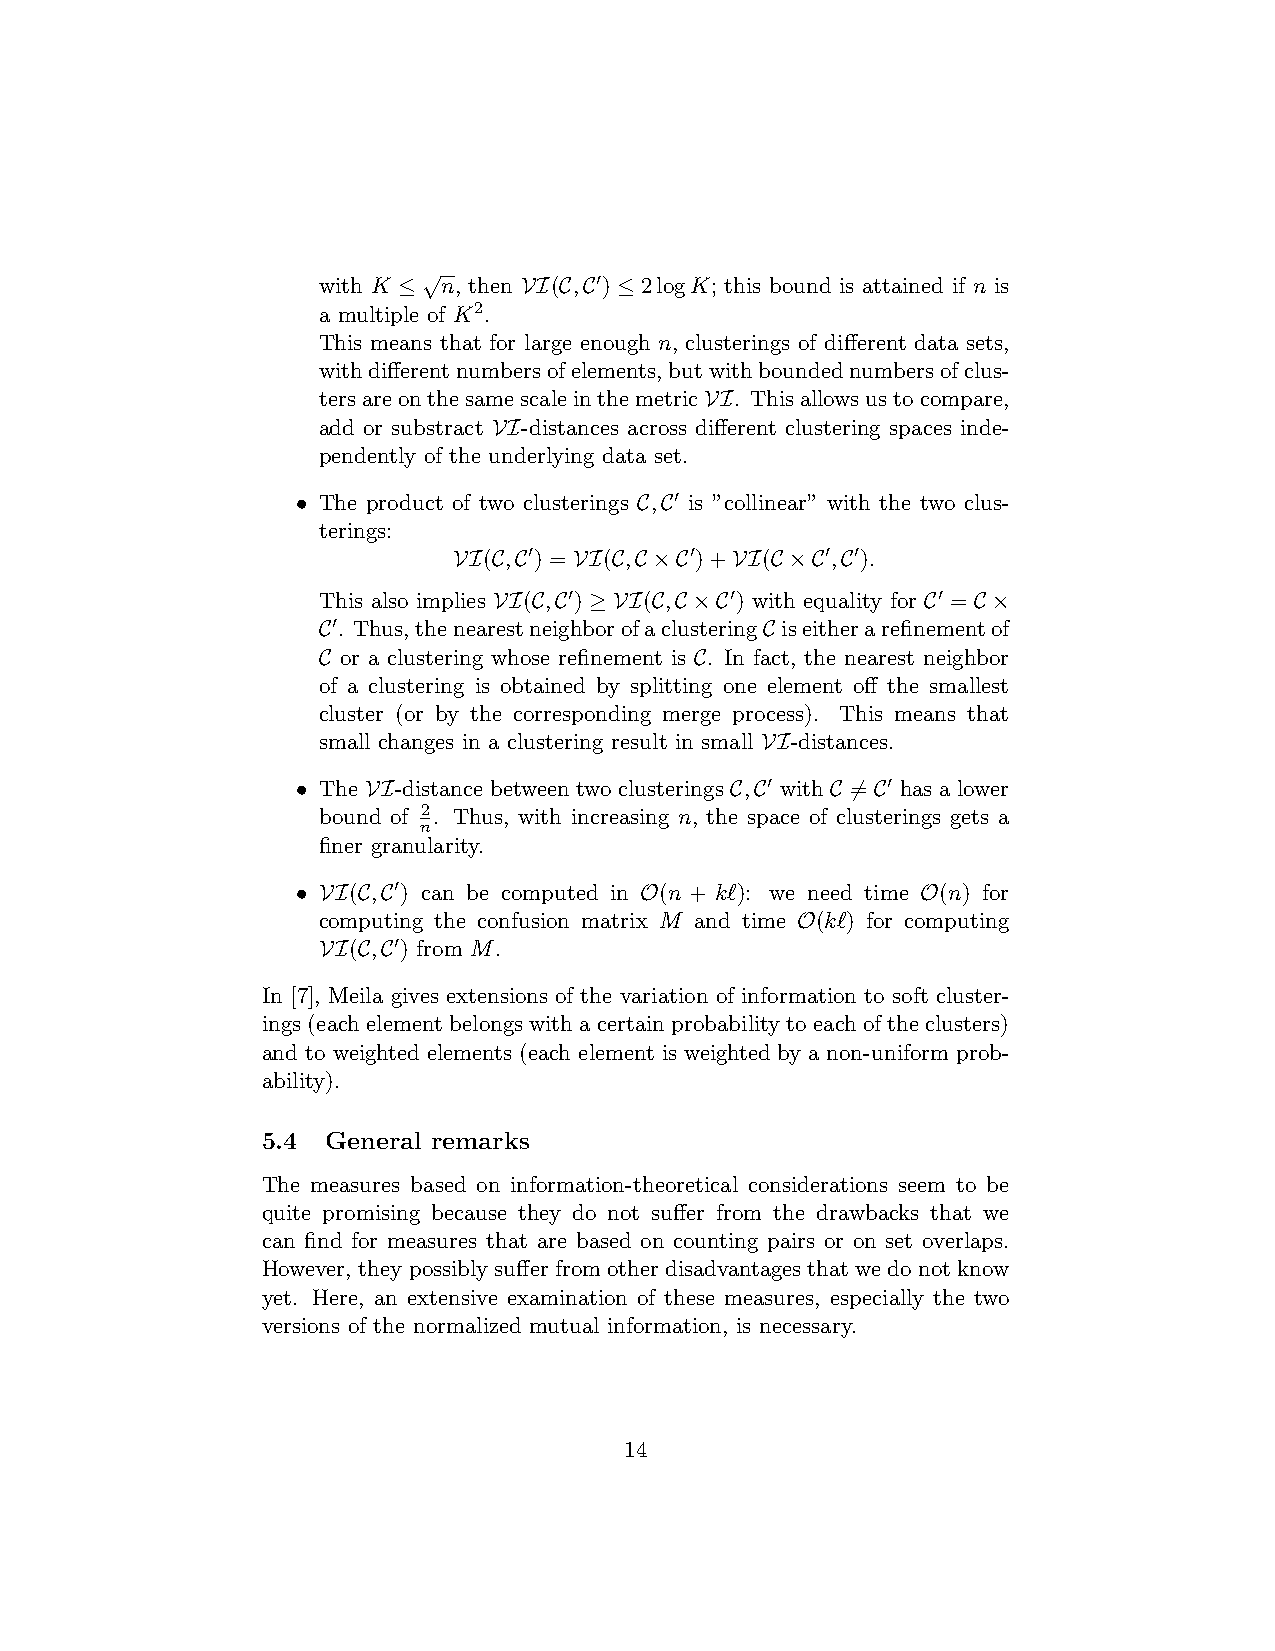
√
 with K ≤ n, then VI(C,C0) ≤ 2logK; this bound is attained if n is
 a multiple of K2.
 This means that for large enough n, clusterings of different data sets,
 withdifferentnumbersofelements,butwithboundednumbersofclus-
 tersareonthesamescaleinthemetricVI. Thisallowsustocompare,
 add or substract VI-distances across different clustering spaces inde-
 pendently of the underlying data set.
 • The product of two clusterings C,C0 is ”collinear” with the two clus-
 terings:
 VI(C,C0) = VI(C,C ×C0)+VI(C ×C0,C0).
 This also implies VI(C,C0) ≥ VI(C,C ×C0) with equality for C0 = C×
 C0. Thus,thenearestneighborofaclusteringC iseitherarefinementof
 C or a clustering whose refinement is C. In fact, the nearest neighbor
 of a clustering is obtained by splitting one element off the smallest
 cluster (or by the corresponding merge process). This means that
 small changes in a clustering result in small VI-distances.
 • The VI-distance between two clusterings C,C0 with C =6 C0 has a lower
 bound of 2. Thus, with increasing n, the space of clusterings gets a
 n
 finer granularity.
 • VI(C,C0) can be computed in O(n + k‘): we need time O(n) for
 computing the confusion matrix M and time O(k‘) for computing
 VI(C,C0) from M.
 In [7], Meila gives extensions of the variation of information to soft cluster-
 ings (each element belongs with a certain probability to each of the clusters)
 and to weighted elements (each element is weighted by a non-uniform prob-
 ability).
 5.4  General remarks
 The measures based on information-theoretical considerations seem to be
 quite promising because they do not suffer from the drawbacks that we
 can find for measures that are based on counting pairs or on set overlaps.
 However, they possiblysufferfromother disadvantages thatwe do not know
 yet. Here, an extensive examination of these measures, especially the two
 versions of the normalized mutual information, is necessary.
 14